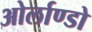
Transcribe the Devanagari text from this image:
ओर्लाण्डो